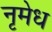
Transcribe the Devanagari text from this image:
नृमेध